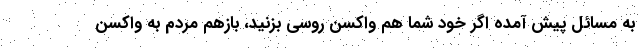
به مسائل پیش آمده اگر خود شما هم واکسن روسی بزنید، بازهم مردم به واکسن